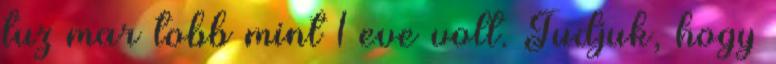
tuz mar tobb mint 1 eve volt. Tudjuk, hogy